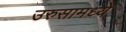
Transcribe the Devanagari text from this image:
उरुसामध्ये